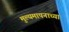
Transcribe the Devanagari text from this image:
मुल्यमापनाच्या